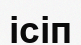
ісіп